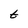
Character: t